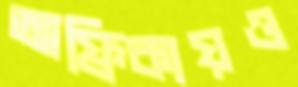
আফ্রিকায়ও